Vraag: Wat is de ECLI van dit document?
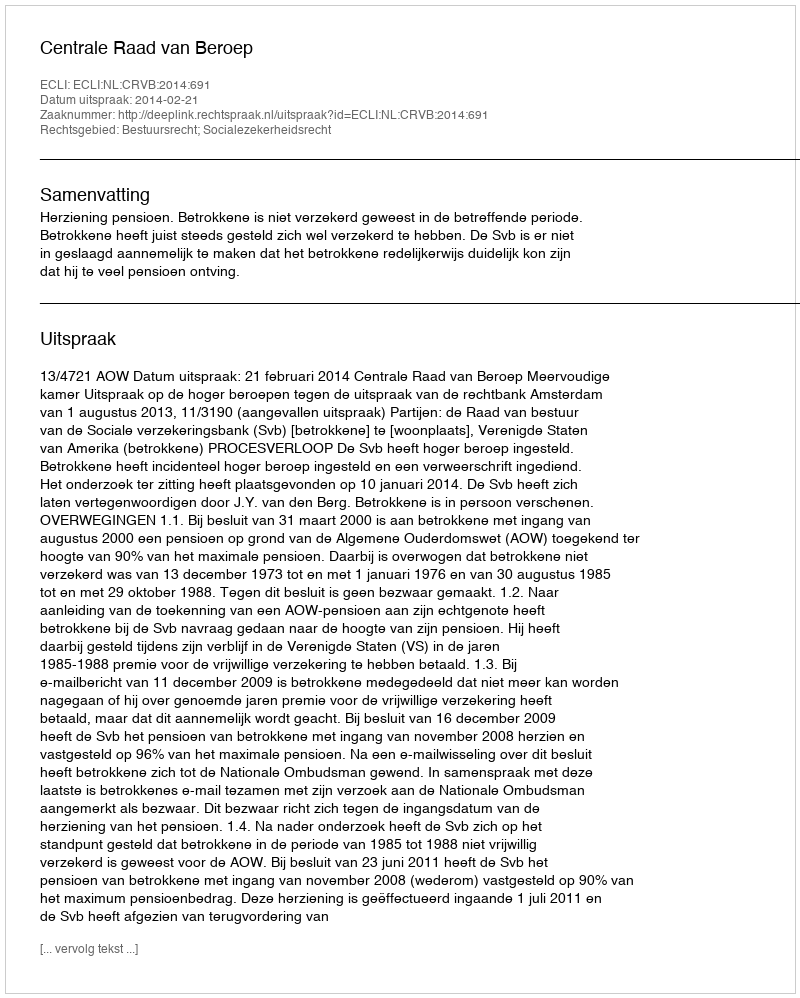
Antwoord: ECLI:NL:CRVB:2014:691